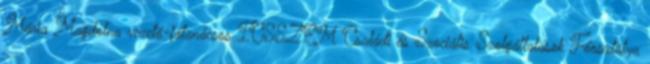
Mária Magdolna vezető-főtanácsos ICSSZEM Családi és Szociális Szolgáltatások Főosztálya